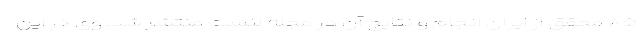
۸۵ محقق از ایران انجام و نتایج آن در مجله لنست منتشر شد. وی در این